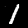
Label: 1